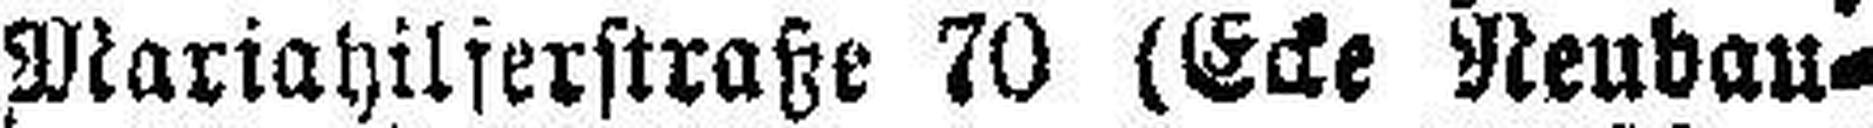
Mariahilferstraße 70 (Ecke Neubau¬